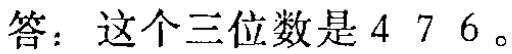
答：这个三位数是 \(476\)。